Annual report of the Imperial Bacteriologist
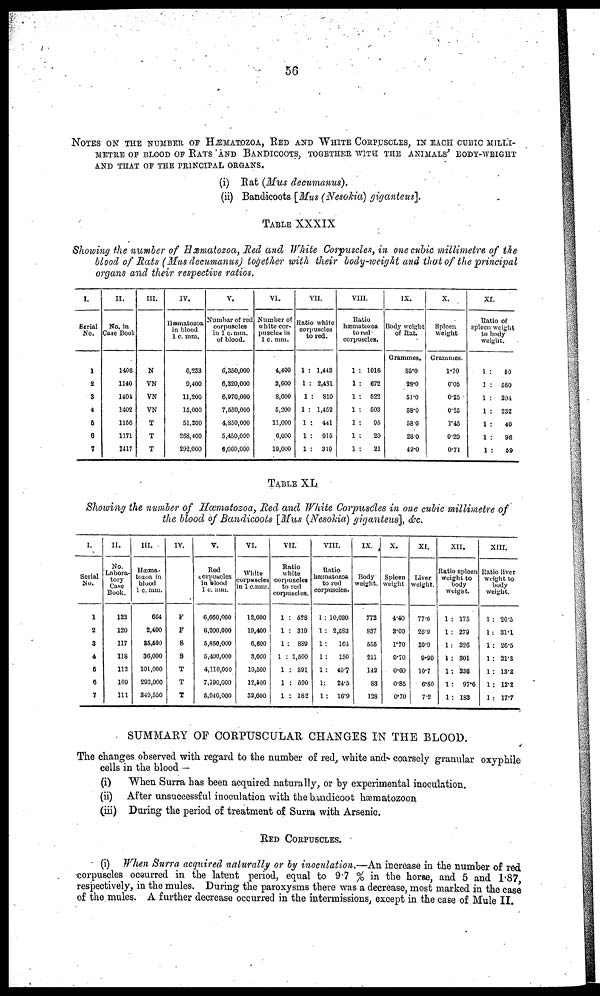
56
NOTES ON THE NUMBER OF HÆMATOZOA, RED AND WHITE CORPUSCLES,
METRE OF BLOOD OF RATS AND BANDICOOTS, TOGETHER WITH THE ANIM
AND THAT OF THE PRINCIPAL ORGANS.
(i) Rat (Mus decumanus).
(ii) Bandicoots [Mus (Nesokia) giganteus].
TABLE XXXIX
Showing the number of Hæmatozoa, Red and White Corpuscles, in one cubic millimetre of the
blood of Rats (Mus decumanus) together with their body-weight and that of the principal
organs and their respective ratios.
I.
Serial
No.
1
2
3
4
5
6
7
II.
No. in
Case Book
1408
1140
1404
1402
1156
1171
1417
III.
N
VN
VN
VN
T
T
T
IV.
Hæmatozoa
in blood
1 c. mm.
6,233
9,400
11,200
15,000
51,200
268,400
292,000
V.
Number of red
corpuscles
in 1 c.mm.
of blood.
6,350,000
6,320,000
6,970,000
7,550,000
4,850,000
5,450,000
6,060,000
VI.
Number of
white cor-
puscles in
1 c. mm.
4,400
2,600
8,600
5,200
11,000
6,000
19,000
VII.
Ratio white
corpuscles
to red.
1 : 1,443
1 : 2,431
1 : 810
1 : 1,452
1 : 441
1 : 915
1 : 319
VIII.
Ratio
hæmatozoa
to red
corpuscles.
1 : 1016
1 : 672
1 : 522
1 : 503
1 : 95
1 :
20
1 :
21
IX.
Body weight
of Rat.
Grammes.
85.0
28.0
51.0
58.0
58.0
28.0
42.0
X.
Spleen
weight
Grammes.
1.70
0.05
0.25
0.25
1.45
0.20
0.71
XI.
Ratio of
spleen weight
to body
weight.
1 :
50
1 : 560
1 : 204
1 : 232
1 :
40
1 :
96
1 :
59
TABLE XL
Showing the number of Hæmatozoa, Red and White Corpuscles in one cubic millimetre of
the blood of Bandicoots [Mus (Nesokia) giganteus], &c.
I.
Serial
No.
1
2
3
4
6
6
7
II.
No.
Labora-
tory
Case
Book.
123
120
117
118
112
109
111
III.
Hæma-
tozoa in
blood
1 c. mm.
664
2,400
35,500
36,000
101,000
293,000
349,550
IV.
F
F
S
S
T
T
T
V.
Red
corpuscles
in blood
1 c. mm.
6,660,000
6,200,000
5,850,000
5,400,000
4,110,000
7,190,000
5,940,000
VI.
White
corpuscles
in 1 c.mm.
12,600
19,400
6,600
3,600
10,500
12,500
32,600
VII.
Ratio
white
corpuscles
to red
corpuscles.
1 : 528
1 : 319
1 : 889
1 : 1,500
1 : 391
1 : 590
1 : 182
VIII.
Ratio
hæmatozoa
to red
corpuscles.
1: 10,030
1 : 2,583
1:
164
1:
150
1: 40.7
1: 24.5
1: 16.9
IX.
Body
weight.
772
837
555
211
142
83
128
X.
Spleen
weight
4.40
3.00
1.70
0.70
0.60
0.85
0.70
XI.
Liver
weight.
77.6
26.9
20.9
9.90
10.7
6.80
7.2
XII.
Ratio spleen
weight to
body
weight.
1 : 175
1 : 279
1: 326
1 : 301
1: 236
1 : 97.6
1 : 183
XIII.
Ratio liver
weight to
body
weight.
1 : 20.5
1: 31.1
1: 26.5
1: 21.3
1: 13.2
1 : 12.2
1 : 17.7
SUMMARY OF CORPUSCULAR CHANGES IN THE BLOOD.
The changes observed with regard to the number of red, white and coarsely granular oxyphile
cells in the blood —
(i)
When Surra has been acquired naturally, or by experimental inoculation.
(ii) After unsuccessful inoculation with the bandicoot hæmatozoon
(iii) During the period of treatment of Surra with Arsenic.
RED CORPUSCLES.
(i) When Surra acquired naturally or by inoculation.—An increase in the number of red
corpuscles occurred in the latent period, equal to 9.7 % in the horse, and 5 and 1.87,
respectively, in the mules. During the paroxysms there was a decrease, most marked in the case
of the mules. A further decrease occurred in the intermissions, except in the case of Mule II.